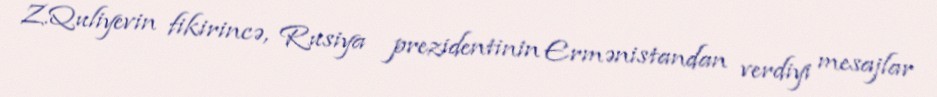
Z.Quliyevin fikirincə, Rusiya prezidentinin Ermənistandan verdiyi mesajlar